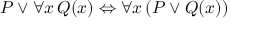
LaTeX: P \lor \forall x \, Q ( x ) \Leftrightarrow \forall x \, ( P \lor Q ( x ) )